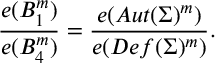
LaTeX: { \frac { e ( B _ { 1 } ^ { m } ) } { e ( B _ { 4 } ^ { m } ) } } = { \frac { e ( A u t ( \Sigma ) ^ { m } ) } { e ( D e f ( \Sigma ) ^ { m } ) } } .